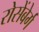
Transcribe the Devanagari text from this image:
रोसेंबेर्ग